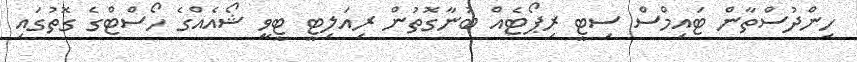
ހިންދުސްތާން ޓައިމްސް ސިޓީ ރިޕޯޓެއް ބުނާގޮތުން ރިއަލިޓީ ޓީވީ ޝޯއެއްގެ ހޯސްޓްގެ ގޮތުގައި